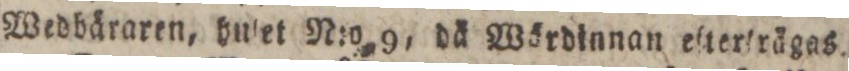
Wedhäraren, hulet N:o 9, då Wördinnan eſterſrägas.